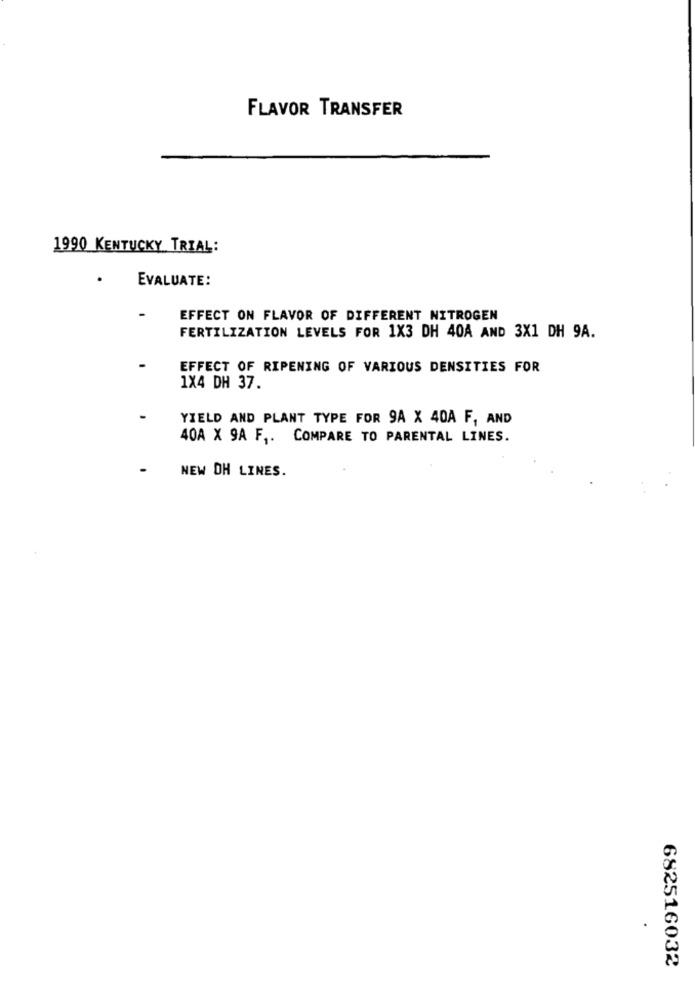
FLAVOR TRANSFER
1990 KENTUCKY TRIAL:
EVALUATE:
EFFECT ON FLAVOR OF DIFFERENT NITROGEN
FERTILIZATION LEVELS FOR 1X3 DH 40A AND 3X1 DH 9A.
EFFECT OF RIPENING OF VARIOUS DENSITIES FOR
1X4 DH 37.
YIELD AND PLANT TYPE FOR 9A X 40A F, AND
40A X 9A F ,. COMPARE TO PARENTAL LINES.
NEW DH LINES.
682516032